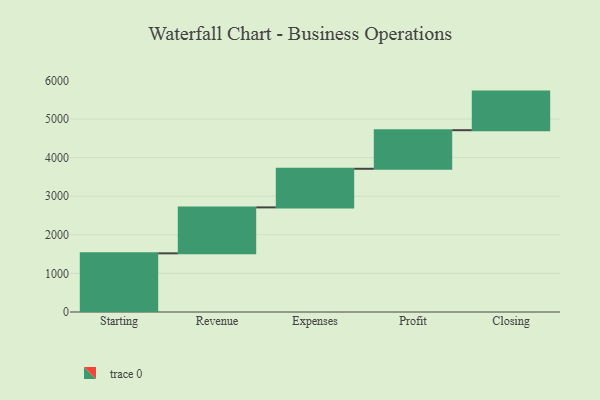
{"axis": {"x": "Step", "y": "Value"}, "legend": [""], "data": [{"x": "Starting", "y": 1520.0, "type": ""}, {"x": "Revenue", "y": 1191.0, "type": ""}, {"x": "Expenses", "y": 1000, "type": ""}, {"x": "Profit", "y": 1000, "type": ""}, {"x": "Closing", "y": 1000, "type": ""}]}